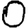
Digit: 0